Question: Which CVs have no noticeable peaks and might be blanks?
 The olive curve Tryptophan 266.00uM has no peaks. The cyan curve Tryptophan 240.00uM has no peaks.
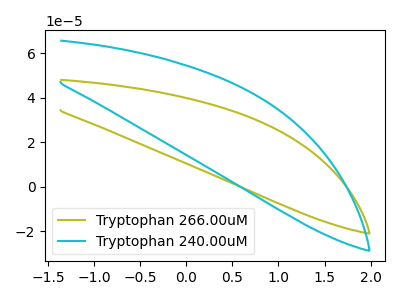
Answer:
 <answer>"Tryptophan 266.00uM" and "Tryptophan 240.00uM" are likely to be blanks.</answer>
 <eval>"Tryptophan 266.00uM", "Tryptophan 240.00uM"</eval>